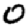
Digit: 0